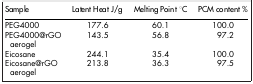
<table><thead><tr><td><b>Sample</b></td><td><b>Latent Heat J/g</b></td><td><b>Melting Point °C</b></td><td><b>PCM content %</b></td></tr></thead><tbody><tr><td>PEG4000</td><td>177.6</td><td>60.1</td><td>100.0</td></tr><tr><td>PEG4000@rGO aerogel</td><td>143.5</td><td>56.8</td><td>97.2</td></tr><tr><td>Eicosane</td><td>244.1</td><td>35.4</td><td>100.0</td></tr><tr><td>Eicosane@rGO aerogel</td><td>213.8</td><td>36.3</td><td>97.5</td></tr></tbody></table>